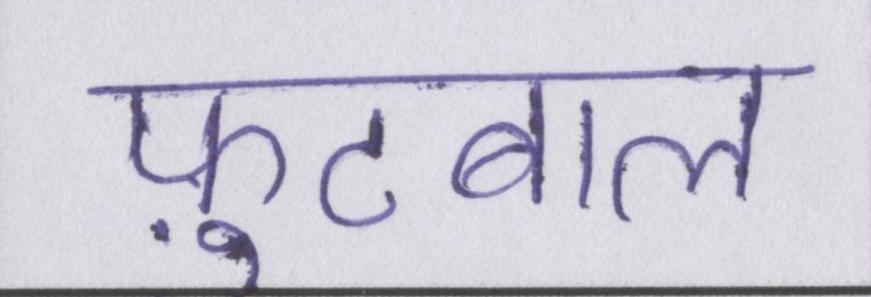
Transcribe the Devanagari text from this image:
फ़ुटबाल